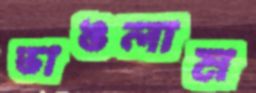
ভাঙলাম